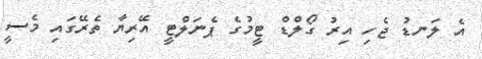
އެ ލަނޑު ޖެހި އިރު ގޯލްޑް ޓީމުގެ ޕެނަލްޓީ އޭރިޔާ ތެރޭގައި މެސީ